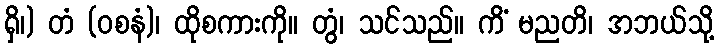
ရှိ၊) တံ (ဝစနံ)၊ ထိုစကားကို။ တွံ၊ သင်သည်။ ကိံ မညတိ၊ အဘယ်သို့